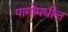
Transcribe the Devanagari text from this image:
पागोमधील